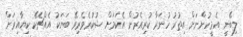
ލިބޭނީ އެމީހުންނަށް އިތުރު ހުނަރާ ކުރިއެރުން އެކަމަށް ޝުކުރެވެރިވޭ ބަޔަކު އެއްޗެކޭ ކިޔާއިރަށް